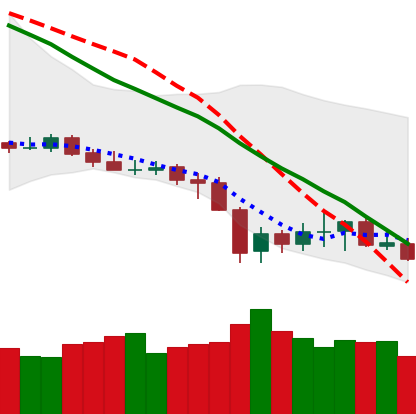
Ticker: XLM-USD
Chart end date: 2019-12-25
Forward return: 5.785%
Label: up_5_7